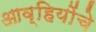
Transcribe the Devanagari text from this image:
आव्हियोंचे